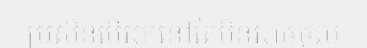
ប្រសិនបើអ្នកនៅតែមិនអាចចូល